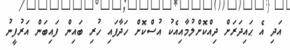
އަދި އެ ޙައިދަރަށް ދިއްކޮށްލުމާއިއެކު އުސްކޮށް ހަދާފައި ހުރި ބައިން ފައިބަން އަރުފީނު